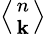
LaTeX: \textstyle\left\langle{n\atop\mathbf{k}}\right\rangle